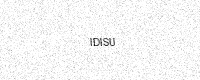
Text: IDISU